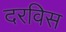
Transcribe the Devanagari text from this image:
दरविस